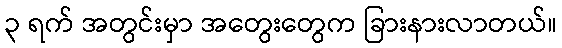
၃ ရက် အတွင်းမှာ အတွေးတွေက ခြားနားလာတယ်။